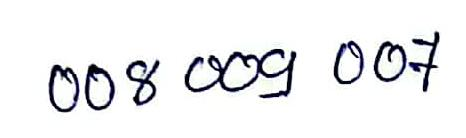
008 009 007